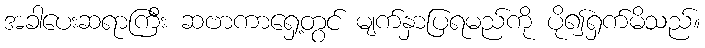
အခါပေးဆရာကြီး ဆဗာကာရှေ့တွင် မျက်နှာပြရမည်ကို ပို၍ရှက်မိသည်။